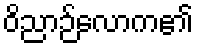
ဝိညာဉ်လောက၏